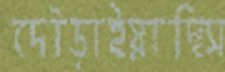
দৌড়াইয়াছিস